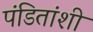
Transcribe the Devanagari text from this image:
पंडितांशी